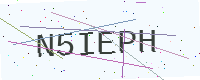
Text: N5IEPH